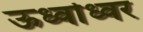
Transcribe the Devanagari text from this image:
ऊर्ध्वाध्वर